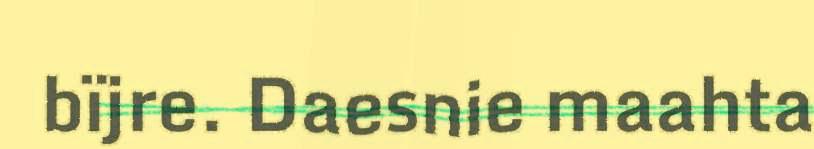
bïjre. Daesnie maahta